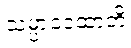
သမ္ပာဒေထာတိ